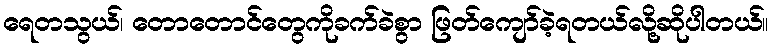
ရေတသွယ်၊ တောတောင်တွေကိုခက်ခဲစွာ ဖြတ်ကျော်ခဲ့ရတယ်လို့ဆိုပါတယ်။